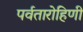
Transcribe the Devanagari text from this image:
पर्वतारोहिणी